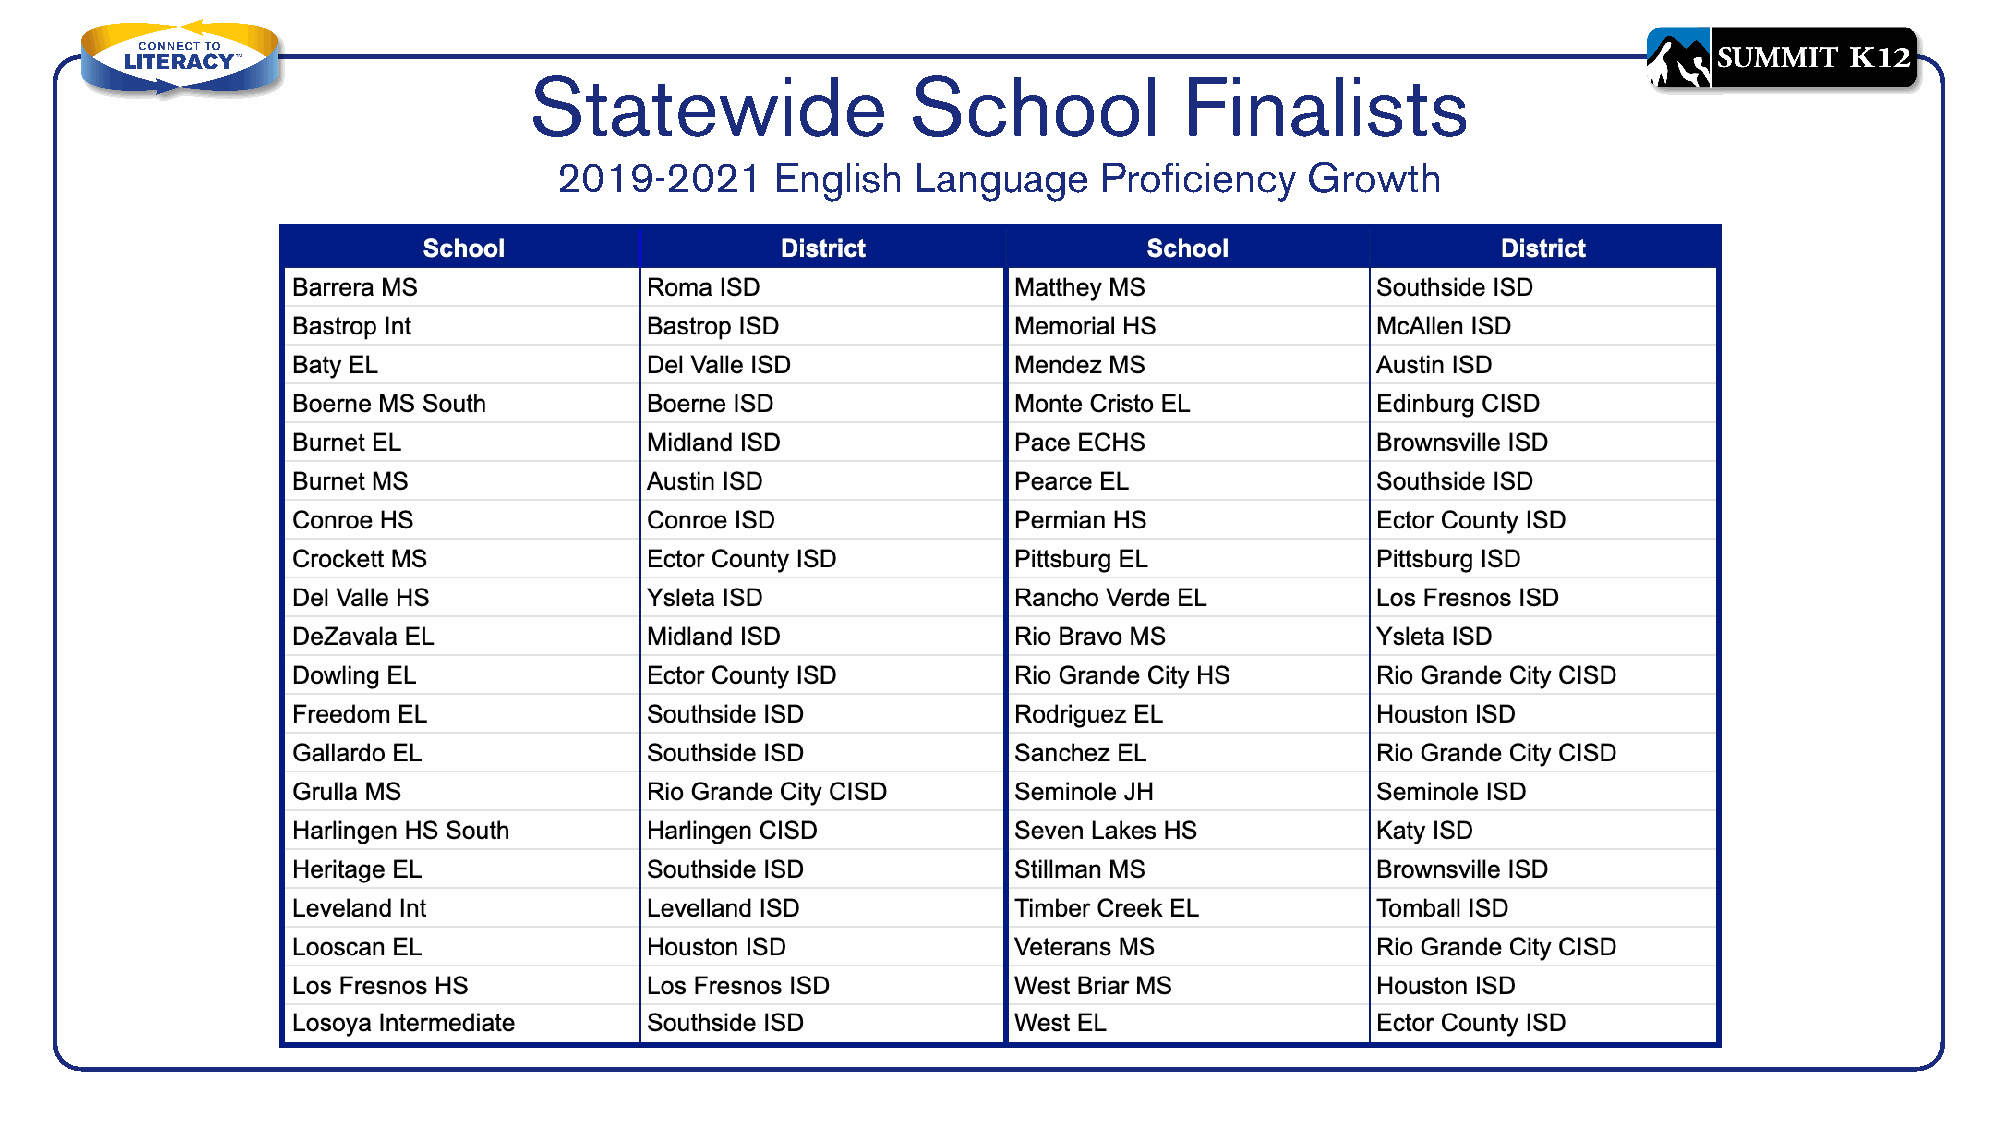
Statewide                School            Finalists
 2019-2021     English   Language    Proficiency   Growth